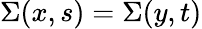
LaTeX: \Sigma(x,s)=\Sigma(y,t)